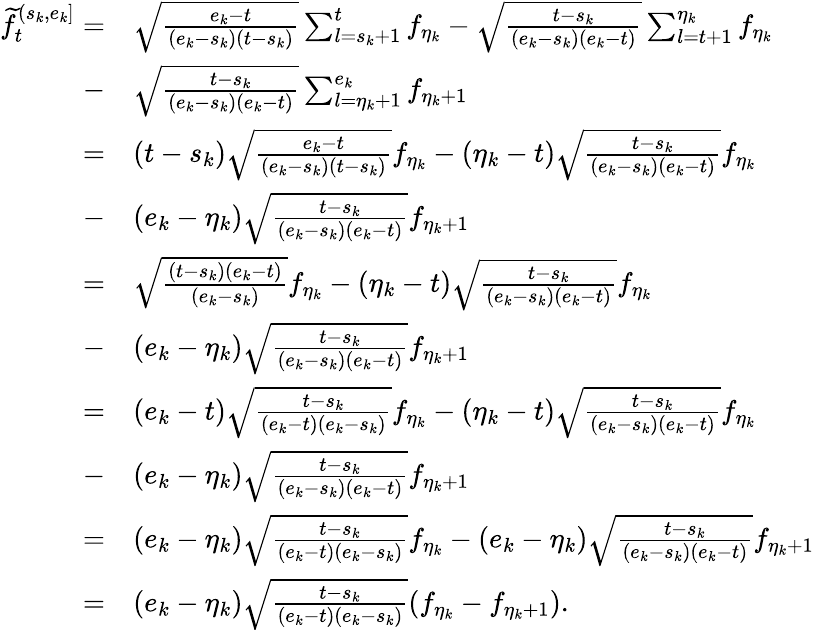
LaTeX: \begin{array}{rl}{\widetilde f_{t}^{(s_{k},e_{k}]}=}&{\sqrt{\frac{e_{k}-t}{(e_{k}-s_{k})(t-s_{k})}}\sum_{l=s_{k}+1}^{t}f_{\eta_{k}}-\sqrt{\frac{t-s_{k}}{(e_{k}-s_{k})(e_{k}-t)}}\sum_{l=t+1}^{\eta_{k}}f_{\eta_{k}}}\\ {-}&{\sqrt{\frac{t-s_{k}}{(e_{k}-s_{k})(e_{k}-t)}}\sum_{l=\eta_{k}+1}^{e_{k}}f_{\eta_{k}+1}}\\ {=}&{(t-s_{k})\sqrt{\frac{e_{k}-t}{(e_{k}-s_{k})(t-s_{k})}}f_{\eta_{k}}-(\eta_{k}-t)\sqrt{\frac{t-s_{k}}{(e_{k}-s_{k})(e_{k}-t)}}f_{\eta_{k}}}\\ {-}&{(e_{k}-\eta_{k})\sqrt{\frac{t-s_{k}}{(e_{k}-s_{k})(e_{k}-t)}}f_{\eta_{k}+1}}\\ {=}&{\sqrt{\frac{(t-s_{k})(e_{k}-t)}{(e_{k}-s_{k})}}f_{\eta_{k}}-(\eta_{k}-t)\sqrt{\frac{t-s_{k}}{(e_{k}-s_{k})(e_{k}-t)}}f_{\eta_{k}}}\\ {-}&{(e_{k}-\eta_{k})\sqrt{\frac{t-s_{k}}{(e_{k}-s_{k})(e_{k}-t)}}f_{\eta_{k}+1}}\\ {=}&{(e_{k}-t)\sqrt{\frac{t-s_{k}}{(e_{k}-t)(e_{k}-s_{k})}}f_{\eta_{k}}-(\eta_{k}-t)\sqrt{\frac{t-s_{k}}{(e_{k}-s_{k})(e_{k}-t)}}f_{\eta_{k}}}\\ {-}&{(e_{k}-\eta_{k})\sqrt{\frac{t-s_{k}}{(e_{k}-s_{k})(e_{k}-t)}}f_{\eta_{k}+1}}\\ {=}&{(e_{k}-\eta_{k})\sqrt{\frac{t-s_{k}}{(e_{k}-t)(e_{k}-s_{k})}}f_{\eta_{k}}-(e_{k}-\eta_{k})\sqrt{\frac{t-s_{k}}{(e_{k}-s_{k})(e_{k}-t)}}f_{\eta_{k}+1}}\\ {=}&{(e_{k}-\eta_{k})\sqrt{\frac{t-s_{k}}{(e_{k}-t)(e_{k}-s_{k})}}(f_{\eta_{k}}-f_{\eta_{k}+1}).}\end{array}